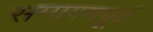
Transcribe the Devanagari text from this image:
समागमपूर्व